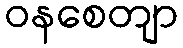
ဝနစေတျာ